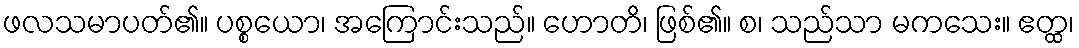
ဖလသမာပတ်၏။ ပစ္စယော၊ အကြောင်းသည်။ ဟောတိ၊ ဖြစ်၏။ စ၊ သည်သာ မကသေး။ ဧတ္ထ၊